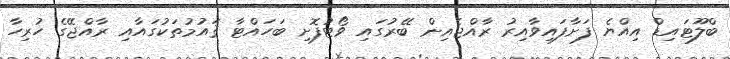
ބްލޫޓައިޑް އިއްޔެ ފަށާފައިވާއިރު ރާއްޖެއިން ބޭރުގައި ވޯޓުފޮށި ބަހައްޓާ ޤައުމުތަކުގައާއި ރާއްޖޭގެ ހުރިހާ